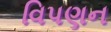
વિપણન